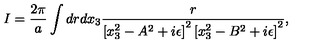
I = { \frac { 2 \pi } { a } } \int { d r d x _ { 3 } { \frac { r } { \left[ x _ { 3 } ^ { 2 } - A ^ { 2 } + i \epsilon \right] ^ { 2 } \left[ x _ { 3 } ^ { 2 } - B ^ { 2 } + i \epsilon \right] ^ { 2 } } } } ,